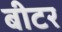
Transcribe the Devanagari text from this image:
बीटर